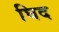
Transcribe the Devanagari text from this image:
घिद